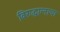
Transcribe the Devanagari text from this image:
विरुद्धान्नाचा